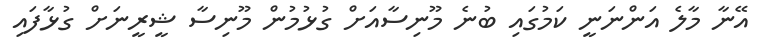
އޭނާ މާލެ އަންނަނީ ކަމުގައި ބުނެ މޫނިސާއަށް ގުޅުމުން މޫނިސާ ޝީރީނަށް ގުޅާފައި